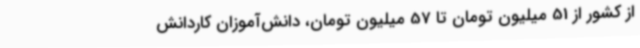
از کشور از 51 میلیون تومان تا 57 میلیون تومان، دانش‌آموزان کاردانش